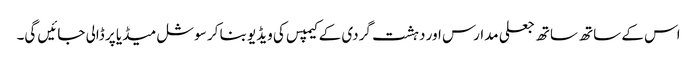
اس کے ساتھ ساتھ جعلی مدارس اور دہشت گردی کے کیمپس کی ویڈیو بنا کر سوشل میڈیا پر ڈالی جائیں گی۔